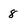
Character: 8